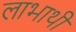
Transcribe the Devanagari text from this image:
लाभाथी